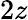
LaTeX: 2z